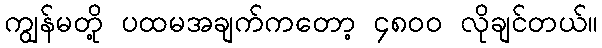
ကျွန်မတို့ ပထမအချက်ကတော့ ၄၈၀၀ လိုချင်တယ်။